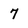
Character: 7